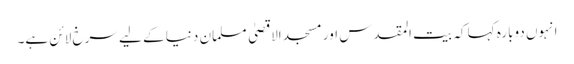
انہوں دوبارہ کہا کہ بیت المقدس اور مسجد الاقصیٰ مسلمان دنیا کے لیے سرخ لائن ہے۔